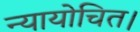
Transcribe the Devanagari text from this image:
न्यायोचित।